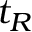
t _ { R }